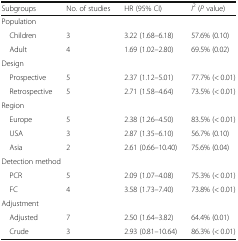
<table><thead><tr><td><b>Subgroups</b></td><td><b>No. of studies</b></td><td><b>HR (95% CI)</b></td><td><b><i>I</i><sup>2</sup> (<i>P</i> value)</b></td></tr></thead><tbody><tr><td colspan="4">Population</td></tr><tr><td> Children</td><td>3</td><td>3.22 (1.68–6.18)</td><td>57.6% (0.10)</td></tr><tr><td> Adult</td><td>4</td><td>1.69 (1.02–2.80)</td><td>69.5% (0.02)</td></tr><tr><td colspan="4">Design</td></tr><tr><td> Prospective</td><td>5</td><td>2.37 (1.12–5.01)</td><td>77.7% (&lt; 0.01)</td></tr><tr><td> Retrospective</td><td>5</td><td>2.71 (1.58–4.64)</td><td>73.5% (&lt; 0.01)</td></tr><tr><td colspan="4">Region</td></tr><tr><td> Europe</td><td>5</td><td>2.38 (1.26–4.50)</td><td>83.5% (&lt; 0.01)</td></tr><tr><td> USA</td><td>3</td><td>2.87 (1.35–6.10)</td><td>56.7% (0.10)</td></tr><tr><td> Asia</td><td>2</td><td>2.61 (0.66–10.40)</td><td>75.6% (0.04)</td></tr><tr><td colspan="4">Detection method</td></tr><tr><td> PCR</td><td>5</td><td>2.09 (1.07–4.08)</td><td>75.3% (&lt; 0.01)</td></tr><tr><td> FC</td><td>4</td><td>3.58 (1.73–7.40)</td><td>73.8% (&lt; 0.01)</td></tr><tr><td colspan="4">Adjustment</td></tr><tr><td> Adjusted</td><td>7</td><td>2.50 (1.64–3.82)</td><td>64.4% (0.01)</td></tr><tr><td> Crude</td><td>3</td><td>2.93 (0.81–10.64)</td><td>86.3% (&lt; 0.01)</td></tr></tbody></table>